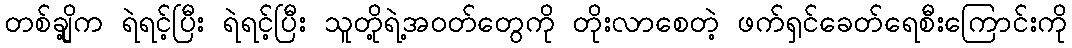
တစ်ချို့က ရဲရင့်ပြီး ရဲရင့်ပြီး သူတို့ရဲ့အဝတ်တွေကို တိုးလာစေတဲ့ ဖက်ရှင်ခေတ်ရေစီးကြောင်းကို